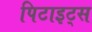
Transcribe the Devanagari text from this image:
पिटाइट्स